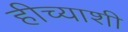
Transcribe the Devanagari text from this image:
हीच्याशी